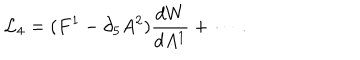
LaTeX: { \cal L } _ { 4 } = ( F ^ { 1 } - \partial _ { 5 } A ^ { 2 } ) { \frac { d W } { d A ^ { 1 } } } + \cdots \ .